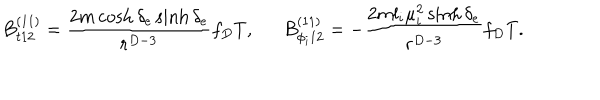
B _ { t 1 2 } ^ { ( 1 1 ) } = { \frac { 2 m \cosh \delta _ { e } \sinh \delta _ { e } } { r ^ { D - 3 } } } f _ { D } T , \ \ B _ { \phi _ { i } 1 2 } ^ { ( 1 1 ) } = - { \frac { 2 m l _ { i } \mu _ { i } ^ { 2 } \sinh \delta _ { e } } { r ^ { D - 3 } } } f _ { D } T .